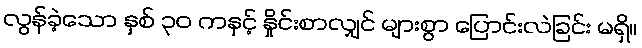
လွန်ခဲ့သော နှစ် ၃၀ ကနှင့် နှိုင်းစာလျှင် များစွာ ပြောင်းလဲခြင်း မရှိ။